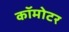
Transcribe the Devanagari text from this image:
कॉमोटर